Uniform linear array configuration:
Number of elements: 32
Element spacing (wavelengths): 0.5
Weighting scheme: cosine
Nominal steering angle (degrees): -60
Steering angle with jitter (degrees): -61.257
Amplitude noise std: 0.05
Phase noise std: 0.05

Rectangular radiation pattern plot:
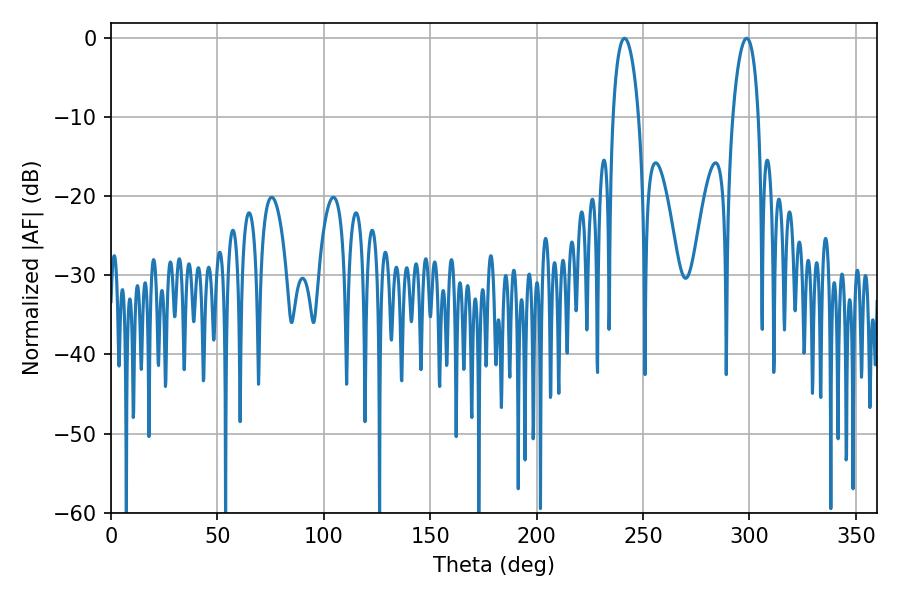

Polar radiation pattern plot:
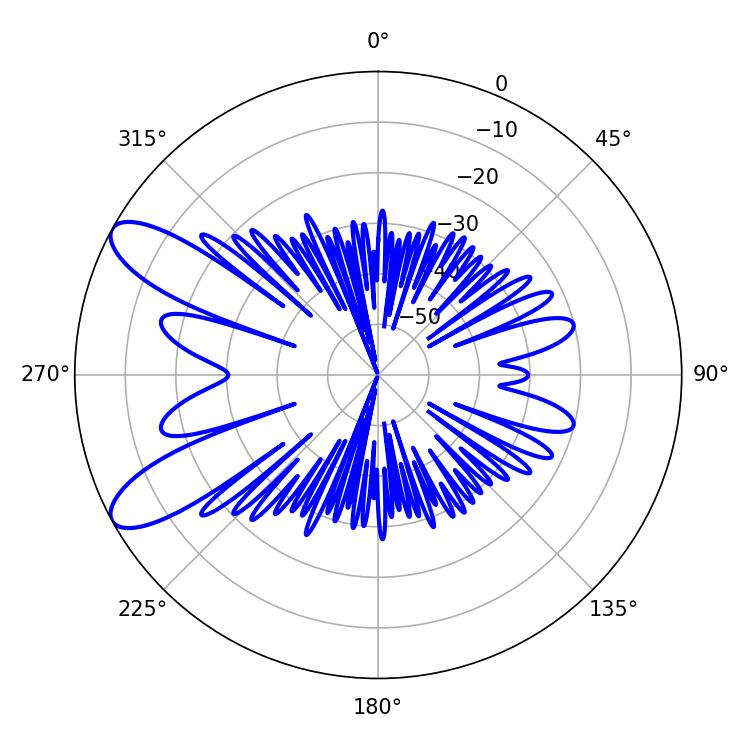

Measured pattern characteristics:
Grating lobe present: FALSE
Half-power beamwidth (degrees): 6.84
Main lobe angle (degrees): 241.38